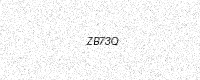
Text: ZB73Q